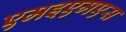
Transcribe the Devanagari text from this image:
एमइएमएस